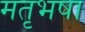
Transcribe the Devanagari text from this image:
मतृभषा